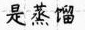
是蒸馏